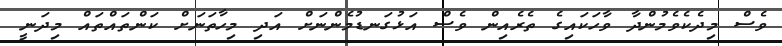
ވެސް މިދެކެވެމުންދާ ވާހަކައިގެ ތެރެއިން ވެސް އަޅުގަނޑުމެންނަށް އަދި މިހާތަނަށް ކަންތައްތައް މިދަނީ